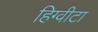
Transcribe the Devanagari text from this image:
हिग्वीटा